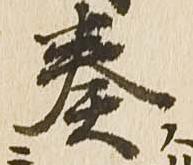
奏